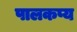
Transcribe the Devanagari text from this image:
पालकप्य